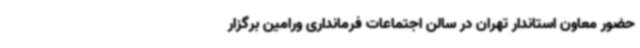
حضور معاون استاندار تهران در سالن اجتماعات فرمانداری ورامین برگزار